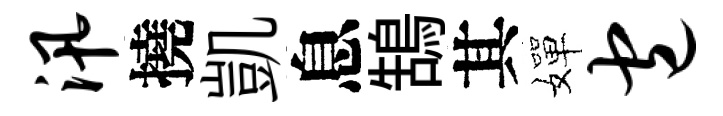
汛撓凱息鵠其嬋包